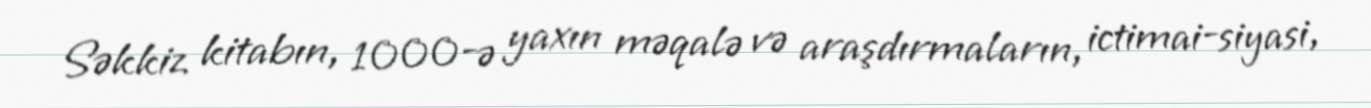
Səkkiz kitabın, 1000-ə yaxın məqalə və araşdırmaların, ictimai-siyasi,